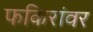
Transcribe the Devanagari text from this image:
फकिरांवर